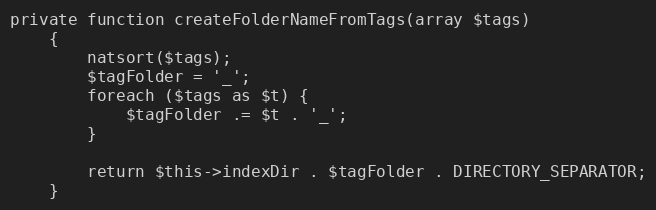
Language: PHP
private function createFolderNameFromTags(array $tags)
    {
        natsort($tags);
        $tagFolder = '_';
        foreach ($tags as $t) {
            $tagFolder .= $t . '_';
        }

        return $this->indexDir . $tagFolder . DIRECTORY_SEPARATOR;
    }